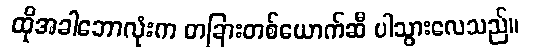
ထိုအခါဘောလုံးက တခြားတစ်ယောက်ဆီ ပါသွားလေသည်။